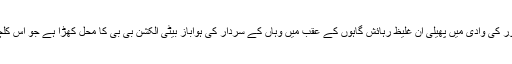
دریائے کیلاش پر جھولتے پل کے دونوں اطراف ریمبور کی وادی میں پھیلی ان غلیظ رہائش گاہوں کے عقب میں وہاں کے سردار کی ہواباز بیٹی الکشن بی بی کا محل کھڑا ہے جو اس کلچر کے بچاؤ کے لیے دُنیا بھر کے وزٹ کر چکی ہے۔